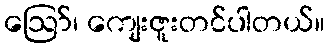
ဪ၊ ကျေးဇူးတင်ပါတယ်။